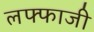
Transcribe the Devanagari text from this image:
लफ्फाजी